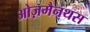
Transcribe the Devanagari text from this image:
ओज़मैनथस